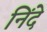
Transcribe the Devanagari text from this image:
निंदे